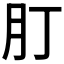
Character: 𦘭